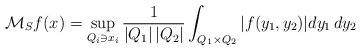
LaTeX: \begin{align*}\mathcal M_Sf(x)=\sup_{Q_i\ni x_i}\frac{1}{|Q_1|\,|Q_2|}\int_{Q_1\times Q_2}|f(y_1,y_2)|dy_1\,dy_2\end{align*}